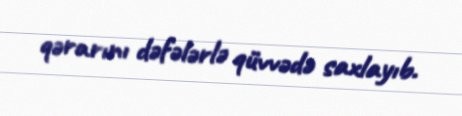
qərarını dəfələrlə qüvvədə saxlayıb.